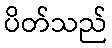
ပိတ်သည်